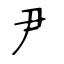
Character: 尹